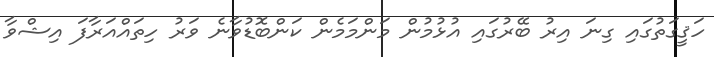
ހަޤީގަތުގައި ގިނަ އިރު ބޭރުގައި އުޅުމުން މަންމަމެން ކަންބޮޑުވާނެ ވަރު ހިތައްއަރާފަ އިޝްވާ